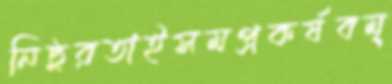
নিষ্ঠুরতাইসমপ্রকর্ষবম্